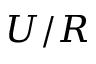
U / R